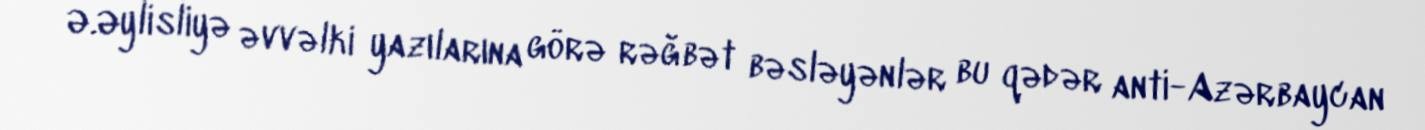
Ə.Əylisliyə əvvəlki yazılarına görə rəğbət bəsləyənlər bu qədər anti-Azərbaycan